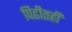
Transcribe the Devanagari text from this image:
पिढीतही